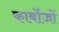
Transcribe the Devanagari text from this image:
कार्बोजों